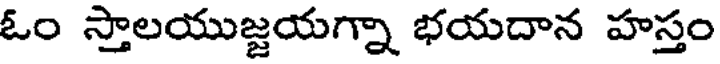
ఓం స్తాలయుజ్జయగ్నా భయదాన హస్తం